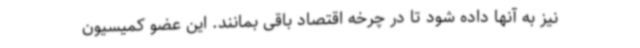
نیز به آنها داده شود تا در چرخه اقتصاد باقی بمانند. این عضو کمیسیون